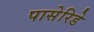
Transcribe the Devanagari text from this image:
पासेरिडे